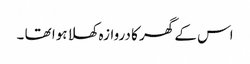
اس کے گھر کا دروازہ کھلا ہوا تھا ۔